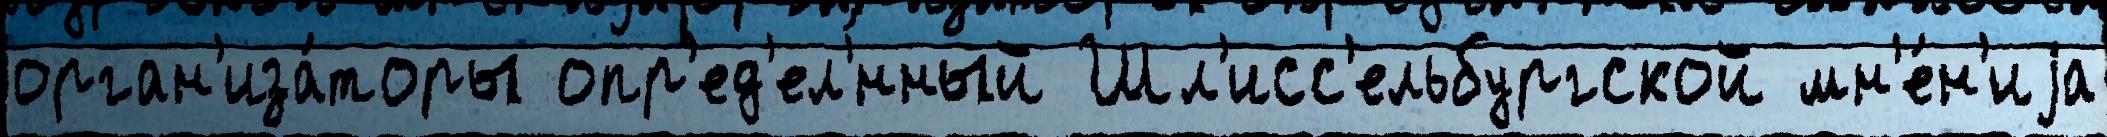
орган'иза́торы опр'ед'ел'́нный Шл'исс'ельбургской мн'е́н'иjа